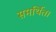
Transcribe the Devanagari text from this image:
समर्थित।